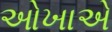
ઓખાએ